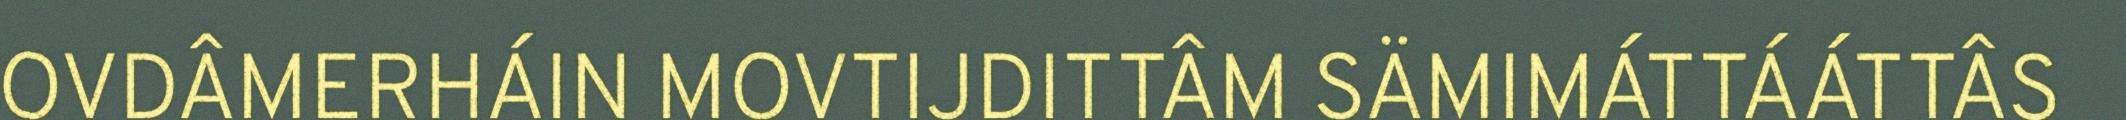
OVDÂMERHÁIN MOVTIJDITTÂM SÄMIMÁTTÁÁTTÂS